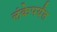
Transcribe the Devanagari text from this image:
लंकेपर्यंत